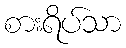
စားရိပ်သာ